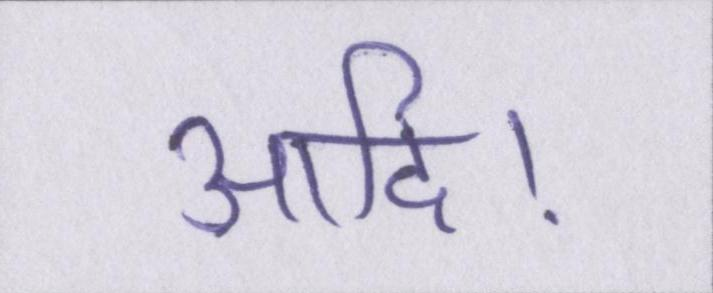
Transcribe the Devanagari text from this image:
आदि।